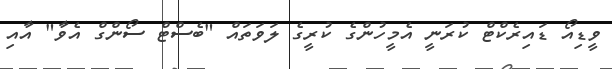
ވީޑިއޯ ޑައިރެކްޓް ކުރަނީ އެމީހުންގެ ކުރީގެ ލަވަތައް "ބެސްޓް ސޯންގް އެވާ" އާއި